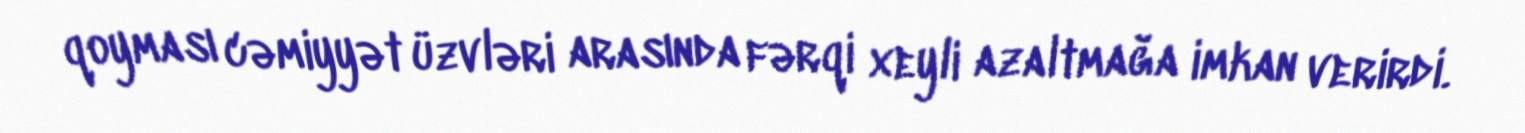
qoyması cəmiyyət üzvləri arasında fərqi xeyli azaltmağa imkan verirdi.